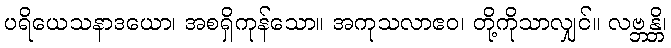
ပရိယေသနာဒယော၊ အစရှိကုန်သော။ အကုသလာဧဝ၊ တို့ကိုသာလျှင်။ လဗ္ဘန္တိ၊